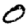
Digit: 0